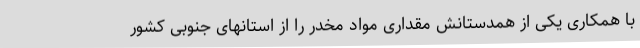
با همکاری یکی از همدستانش مقداری مواد مخدر را از استانهای جنوبی کشور